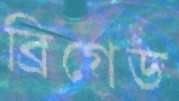
ব্রিগেড